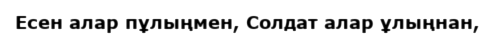
Есен алар пұлыңмен, Солдат алар ұлыңнан,